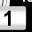
Digit: 1